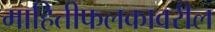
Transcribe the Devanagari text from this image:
माहितीफलकावरील